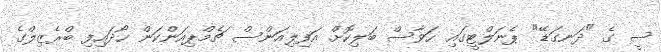
ސީ ގެ "ދަނގަޑޭ" ޕެނަލްޓީގައި ހަވާސް ބަލިކޮށް އަފިލިއަންސް ޗެމްޕިއަންކަން ހޯދައިފި ބްރެޒިލްގެ